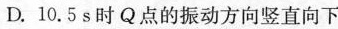
D.10.5s时Q点的振动方向竖直向下